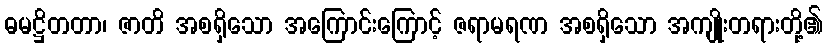
ဓမဋ္ဌိတတာ၊ ဇာတိ အစရှိသော အကြောင်းကြောင့် ဇရာမရဏ အစရှိသော အကျိုးတရားတို့၏